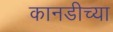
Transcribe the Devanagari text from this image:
कानडीच्या